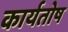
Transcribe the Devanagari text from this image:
कार्यतोष